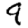
Digit: 9